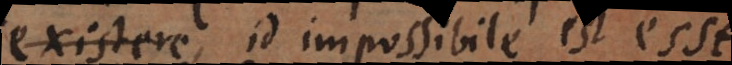
actu, id impossibile est esse